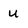
Character: u